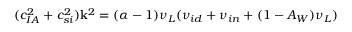
( c _ { I A } ^ { 2 } + c _ { s i } ^ { 2 } ) \mathbf { k } ^ { 2 } = ( \alpha - 1 ) { \nu _ { L } } ( { \nu _ { i d } } + { \nu _ { i n } } + ( 1 - A _ { W } ) { \nu _ { L } } )